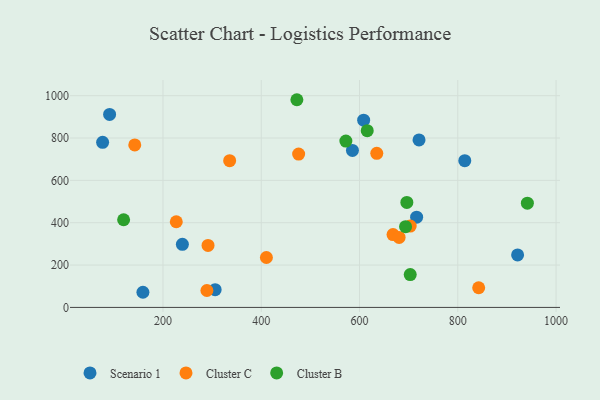
{"axis": {"x": "Experience", "y": "Salary"}, "legend": ["Cluster B", "Cluster C", "Scenario 1"], "data": [{"x": "159.2", "y": 71.5, "type": "Scenario 1"}, {"x": "585.6", "y": 741.3, "type": "Scenario 1"}, {"x": "239.5", "y": 298.0, "type": "Scenario 1"}, {"x": "921.7", "y": 248.1, "type": "Scenario 1"}, {"x": "91.4", "y": 911.2, "type": "Scenario 1"}, {"x": "608.4", "y": 884.1, "type": "Scenario 1"}, {"x": "814.2", "y": 692.9, "type": "Scenario 1"}, {"x": "721.1", "y": 790.9, "type": "Scenario 1"}, {"x": "77.2", "y": 779.4, "type": "Scenario 1"}, {"x": "306.2", "y": 83.6, "type": "Scenario 1"}, {"x": "716.2", "y": 426.0, "type": "Scenario 1"}, {"x": "635.1", "y": 727.6, "type": "Cluster C"}, {"x": "289.4", "y": 79.9, "type": "Cluster C"}, {"x": "668.2", "y": 344.1, "type": "Cluster C"}, {"x": "476.1", "y": 724.0, "type": "Cluster C"}, {"x": "142.6", "y": 767.4, "type": "Cluster C"}, {"x": "842.5", "y": 92.9, "type": "Cluster C"}, {"x": "227.1", "y": 404.6, "type": "Cluster C"}, {"x": "680.6", "y": 330.5, "type": "Cluster C"}, {"x": "703.1", "y": 384.3, "type": "Cluster C"}, {"x": "335.7", "y": 692.8, "type": "Cluster C"}, {"x": "291.7", "y": 292.8, "type": "Cluster C"}, {"x": "410.5", "y": 235.8, "type": "Cluster C"}, {"x": "941.6", "y": 492.2, "type": "Cluster B"}, {"x": "696.3", "y": 495.9, "type": "Cluster B"}, {"x": "615.7", "y": 834.7, "type": "Cluster B"}, {"x": "703.2", "y": 155.3, "type": "Cluster B"}, {"x": "693.7", "y": 381.1, "type": "Cluster B"}, {"x": "572.2", "y": 785.3, "type": "Cluster B"}, {"x": "472.5", "y": 980.8, "type": "Cluster B"}, {"x": "119.9", "y": 414.1, "type": "Cluster B"}]}